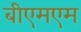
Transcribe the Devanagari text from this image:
बीएमएम